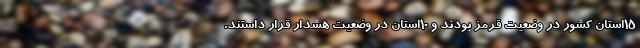
۱۵استان کشور در وضعیت قرمز بودند و ۱۰استان در وضعیت هشدار قرار داشتند.